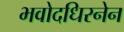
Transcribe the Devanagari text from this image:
भवोदधिरनेन